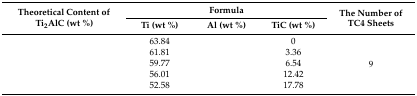
<table><thead><tr><td rowspan="2"><b>Theoretical Content of Ti<sub>2</sub>AlC (wt %)</b></td><td colspan="3"><b>Formula</b></td><td rowspan="2"><b>The Number of TC4 Sheets</b></td></tr><tr><td><b>Ti (wt %)</b></td><td><b>Al (wt %)</b></td><td><b>TiC (wt %)</b></td></tr></thead><tbody><tr><td>[EMPTY_CELL]</td><td>63.84</td><td>[EMPTY_CELL]</td><td>0</td><td rowspan="5">9</td></tr><tr><td>[EMPTY_CELL]</td><td>61.81</td><td>[EMPTY_CELL]</td><td>3.36</td></tr><tr><td>[EMPTY_CELL]</td><td>59.77</td><td>[EMPTY_CELL]</td><td>6.54</td></tr><tr><td>[EMPTY_CELL]</td><td>56.01</td><td>[EMPTY_CELL]</td><td>12.42</td></tr><tr><td>[EMPTY_CELL]</td><td>52.58</td><td>[EMPTY_CELL]</td><td>17.78</td></tr></tbody></table>